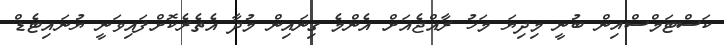
ކަސްޓަމްސްއިން ބުނީ މިދިޔަ މަހު ރާއްޖެއަށް އެންމެ ގިނައިން މުދާ އެތެރެކޮށްފައިވަނީ ޔުނައިޓެޑް